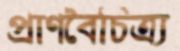
প্রাণবৈচিত্র্য